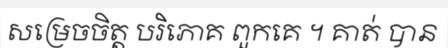
សម្រេចចិត្ត បរិភោគ ពួកគេ ។ គាត់ បាន